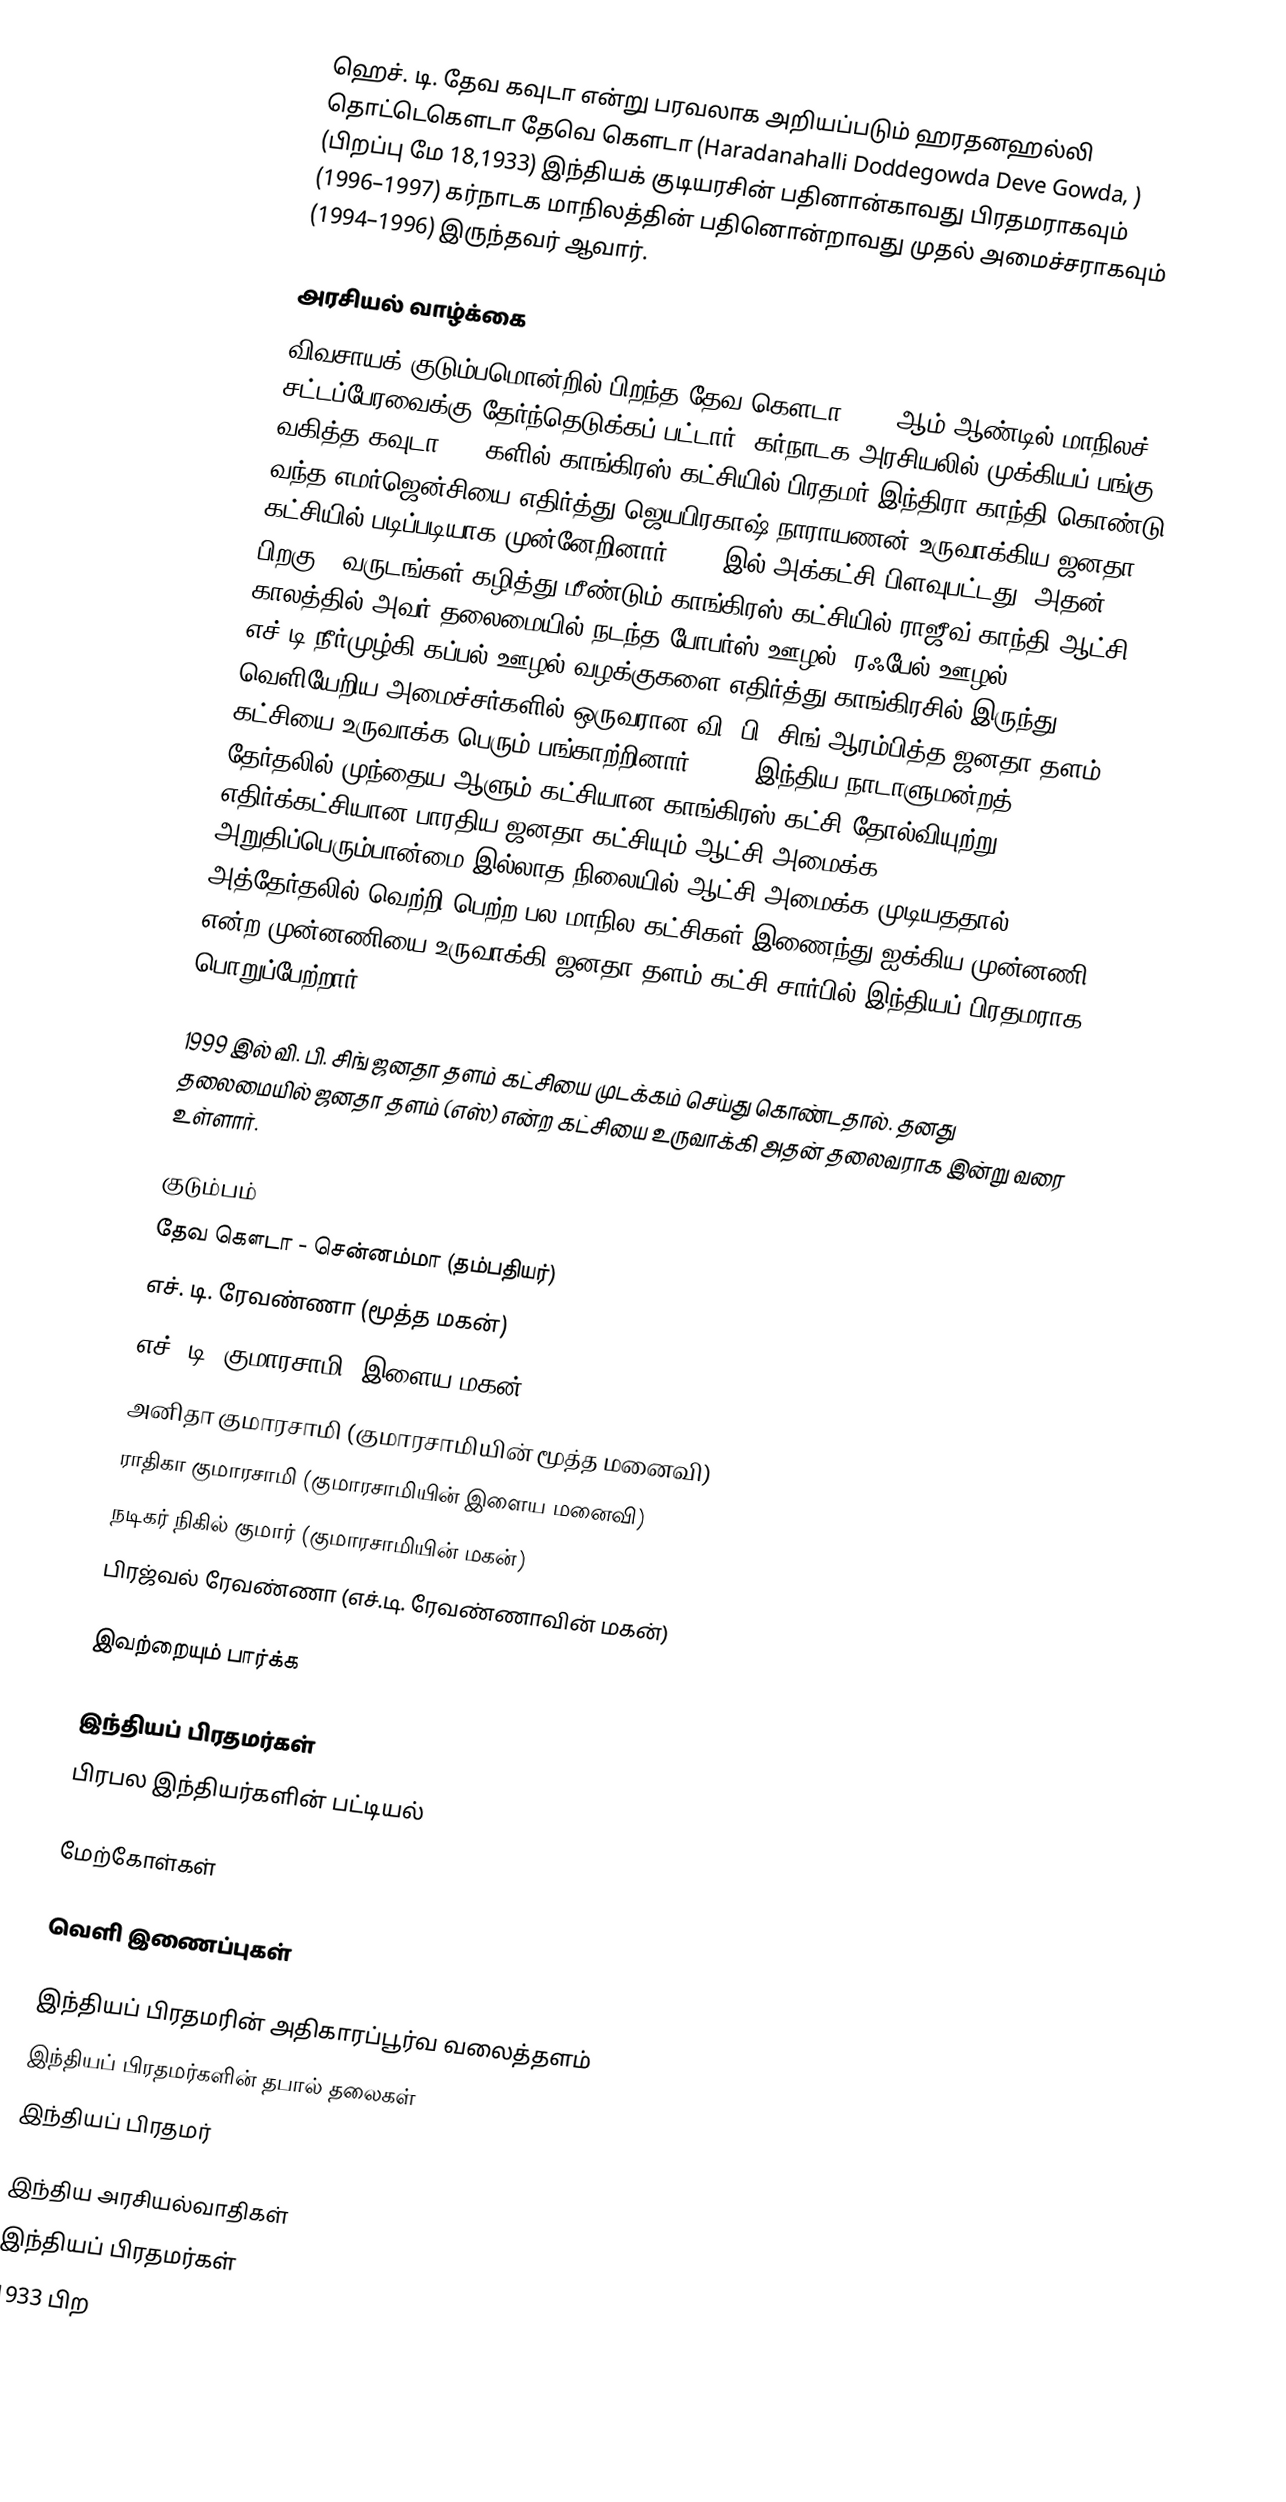
ஹெச். டி. தேவ கவுடா என்று பரவலாக அறியப்படும் ஹரதனஹல்லி தொட்டெகௌடா தேவெ கௌடா (Haradanahalli Doddegowda Deve Gowda, ) (பிறப்பு மே 18,1933) இந்தியக் குடியரசின் பதினான்காவது பிரதமராகவும் (1996–1997) கர்நாடக மாநிலத்தின் பதினொன்றாவது முதல் அமைச்சராகவும் (1994–1996) இருந்தவர் ஆவார்.

அரசியல் வாழ்க்கை
விவசாயக் குடும்பமொன்றில் பிறந்த தேவ கௌடா, 1962ஆம் ஆண்டில் மாநிலச் சட்டப்பேரவைக்கு தேர்ந்தெடுக்கப் பட்டார். கர்நாடக அரசியலில் முக்கியப் பங்கு வகித்த  கவுடா 1975களில் காங்கிரஸ் கட்சியில் பிரதமர் இந்திரா காந்தி கொண்டு வந்த எமர்ஜென்சியை எதிர்த்து ஜெயபிரகாஷ் நாராயணன் உருவாக்கிய ஜனதா கட்சியில் படிப்படியாக முன்னேறினார். 1980இல் அக்கட்சி பிளவுபட்டது. அதன் பிறகு 9 வருடங்கள் கழித்து மீண்டும் காங்கிரஸ் கட்சியில் ராஜீவ் காந்தி ஆட்சி காலத்தில் அவர் தலைமையில் நடந்த போபர்ஸ் ஊழல், ரஃபேல் ஊழல், எச்.டி.நீர்முழ்கி கப்பல் ஊழல் வழக்குகளை எதிர்த்து காங்கிரசில் இருந்து வெளியேறிய அமைச்சர்களில் ஒருவரான வி. பி. சிங் ஆரம்பித்த ஜனதா தளம் கட்சியை உருவாக்க பெரும் பங்காற்றினார். 1996 இந்திய நாடாளுமன்றத் தேர்தலில்  முந்தைய ஆளும் கட்சியான காங்கிரஸ் கட்சி தோல்வியுற்று எதிர்க்கட்சியான பாரதிய ஜனதா கட்சியும் ஆட்சி அமைக்க அறுதிப்பெரும்பான்மை இல்லாத நிலையில் ஆட்சி அமைக்க முடியததால். அத்தேர்தலில் வெற்றி பெற்ற பல மாநில கட்சிகள் இணைந்து ஐக்கிய முன்னணி என்ற முன்னணியை உருவாக்கி ஜனதா தளம் கட்சி சார்பில் இந்தியப் பிரதமராக பொறுப்பேற்றார்.

1999 இல் வி. பி. சிங் ஜனதா தளம் கட்சியை முடக்கம் செய்து கொண்டதால். தனது தலைமையில் ஜனதா தளம் (எஸ்) என்ற கட்சியை உருவாக்கி அதன் தலைவராக இன்று வரை உள்ளார்.

குடும்பம்
 தேவ கௌடா - சென்னம்மா (தம்பதியர்)
 எச். டி. ரேவண்ணா (மூத்த மகன்)
 எச். டி. குமாரசாமி (இளைய மகன்)
 அனிதா குமாரசாமி (குமாரசாமியின் மூத்த மனைவி)
 ராதிகா குமாரசாமி (குமாரசாமியின் இளைய மனைவி)
 நடிகர் நிகில் குமார் (குமாரசாமியின் மகன்)
 பிரஜ்வல் ரேவண்ணா (எச்.டி. ரேவண்ணாவின் மகன்)

இவற்றையும் பார்க்க

 இந்தியப் பிரதமர்கள்
 பிரபல இந்தியர்களின் பட்டியல்

மேற்கோள்கள்

வெளி இணைப்புகள்

 இந்தியப் பிரதமரின் அதிகாரப்பூர்வ வலைத்தளம்
 இந்தியப் பிரதமர்களின் தபால் தலைகள்
 இந்தியப் பிரதமர்

இந்திய அரசியல்வாதிகள்
இந்தியப் பிரதமர்கள்
1933 பிற